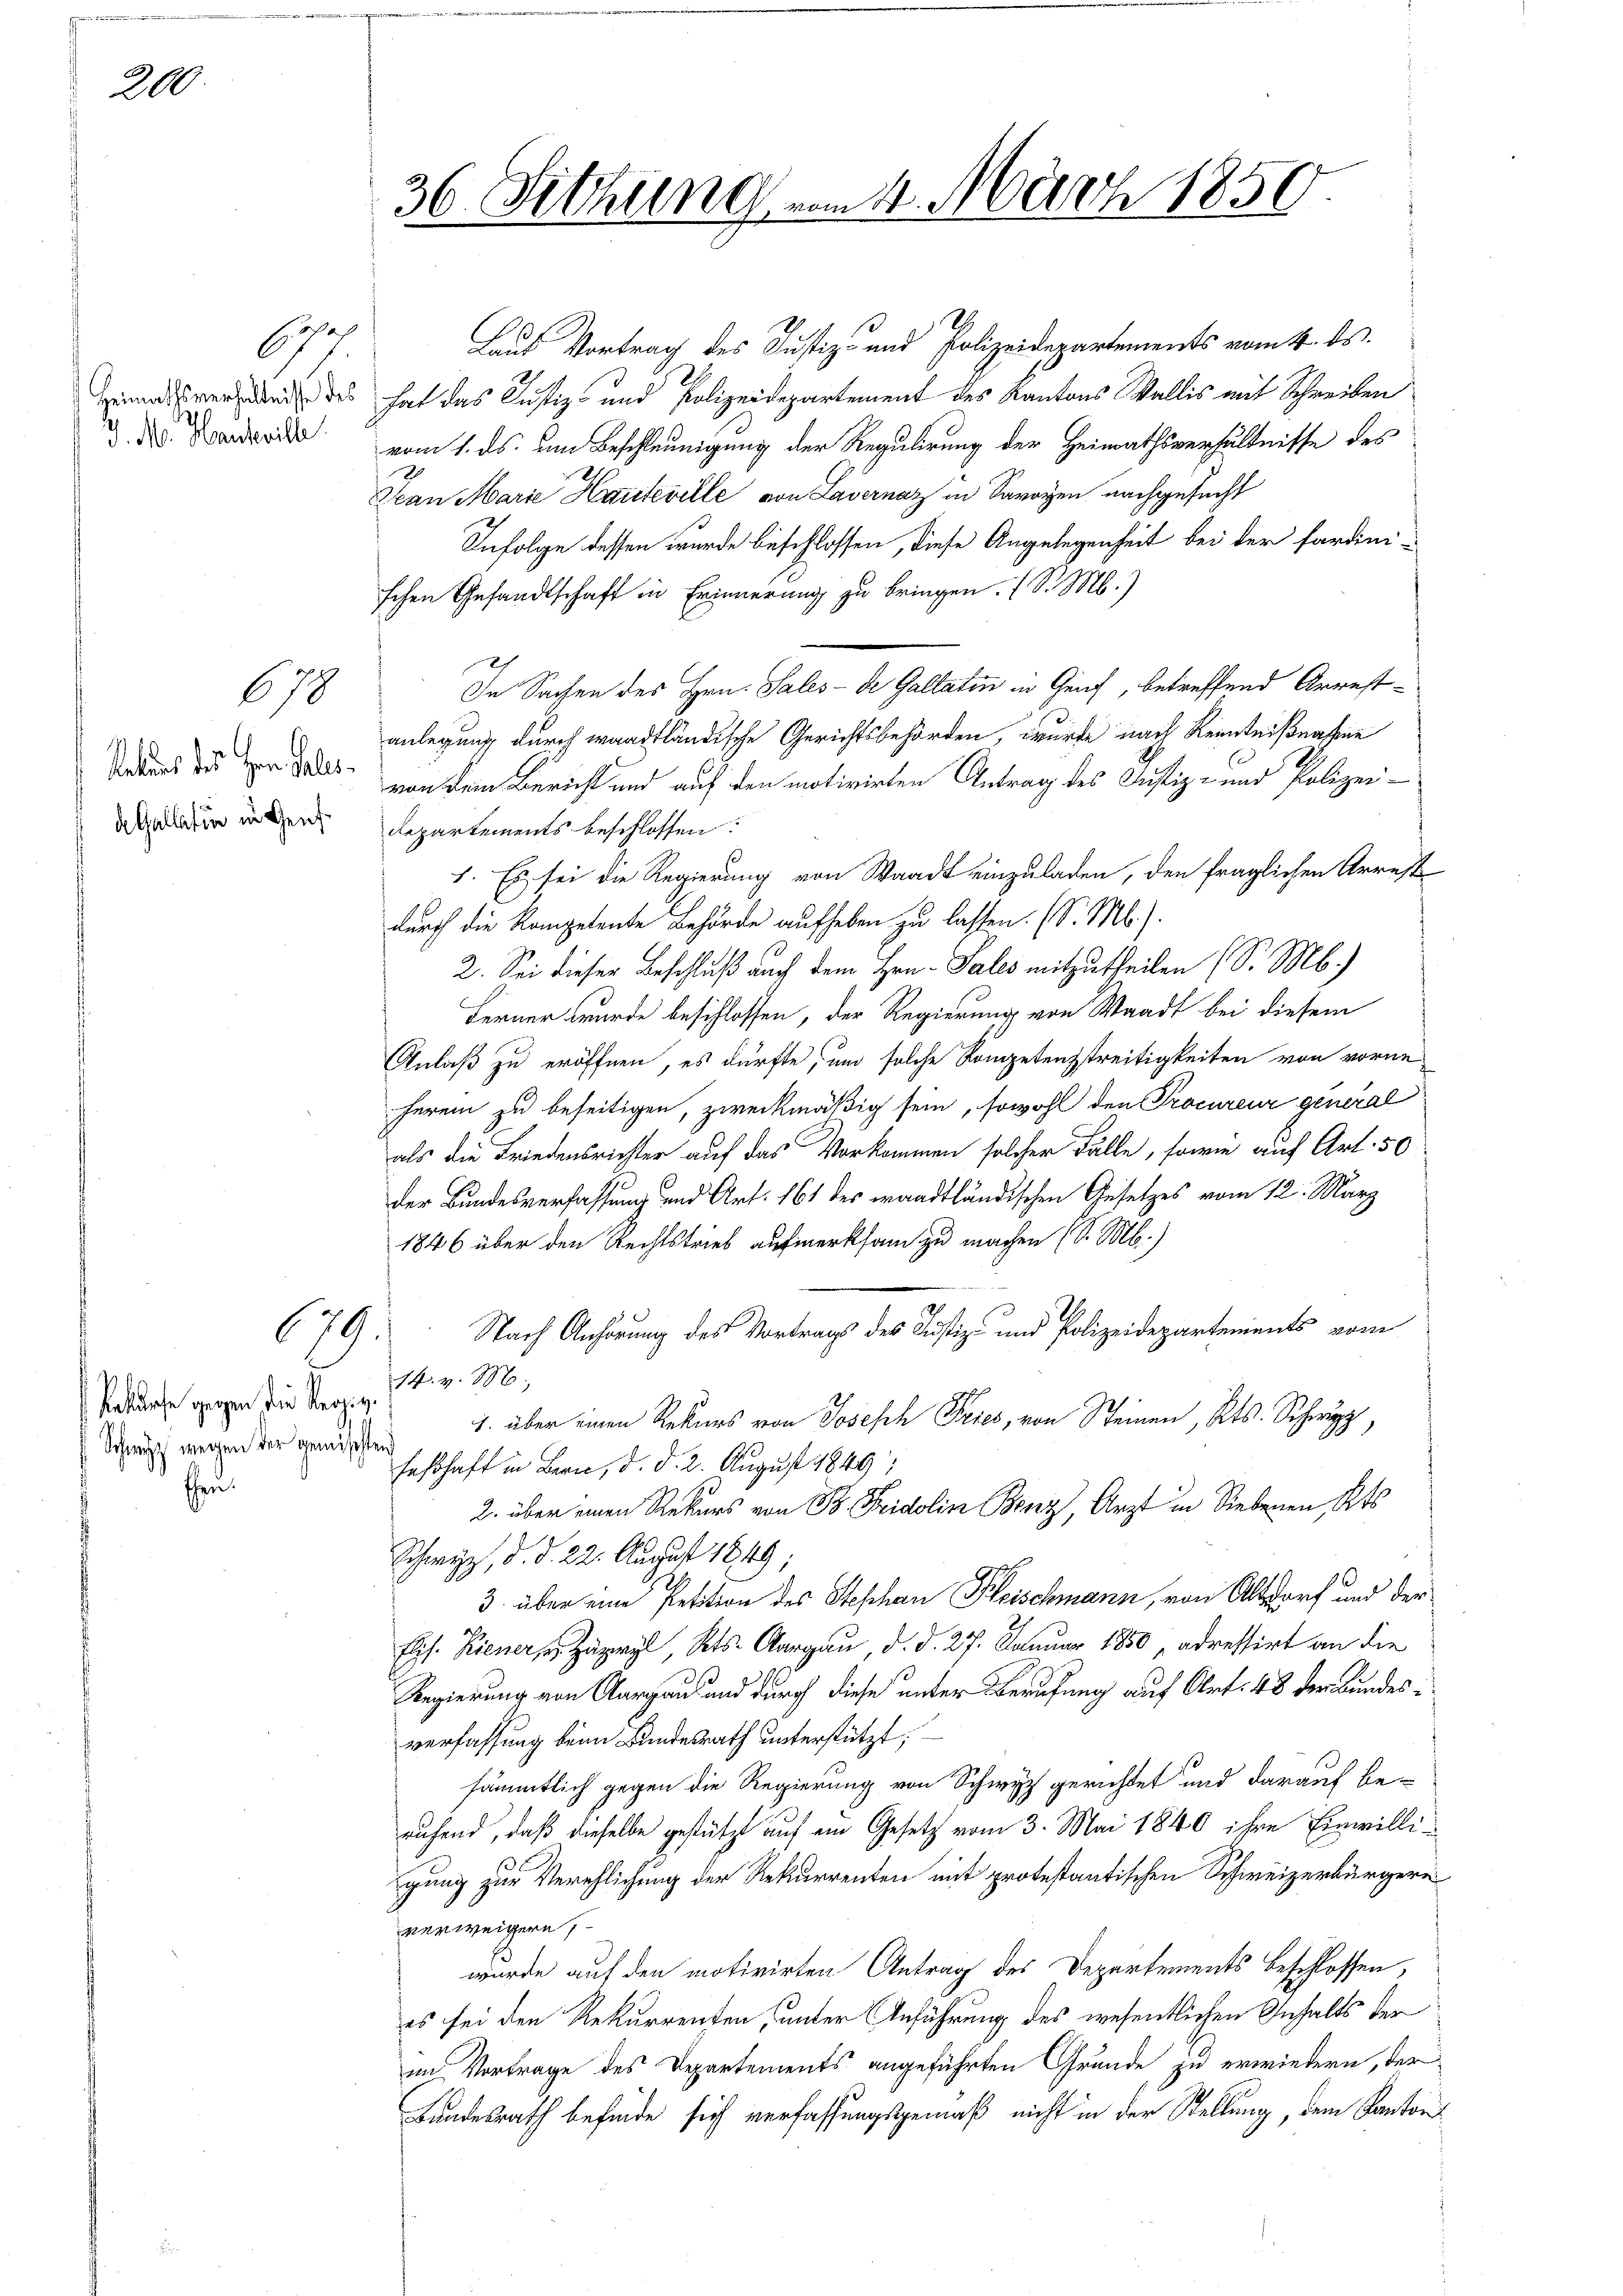
200

schaf
Heimathsverhältnisse des
v. M. Hausville.

677

Rekurs des Hrn. Fallsd. Gallatin in Genf

678

679

Bekürfe gegen die Regie¬
Schweiz wegen der gemischten
Ehen.

.
Laut Vortrag des Justiz- und Polizeidepartements vom 4. ds.
hat das Justiz- und Polizeidepartement des Kantons Wallis mit Schreiben
vom 1. ds. um Beschleunigung der Regulirung der Heimathsverhältnisse des
Jean Marie Hauteville von Lavernaz in Savoyen nachgesucht
Infolge dessen wurde beschlossen, diese Angelegenheit bei der fardini-
schen Gesandtschaft in Erinnerung zu bringen. I S. M.)
In Sachen des Hrn. Sales- de Gallatin in Genf, betreffend Arrestanlegung durch wardtländische Gerichtsbehörden, wurde nach Kenntnißnassene
von dem Bericht und auf den motivirten Antrag des Justiz- und Polizei¬
Repartements beschlossen:
1. Es sei die Regierung von Waadt einzuladen, den fraglichen Arrest
durch die Kompetente Behörde aufheben zu lassen. (S. M.).
2. Sei dieser Beschluß auch dem Hrn. Pales mitzutheilen (S. M.)
Ferner wurde beschlossen, der Regierung von Waadt bei diesem
Anlaß zu eröffnen, es dürfte, und solche Kompetenzstreitigkeiten von vorne-
herem zu beseitigen, zweckmäßig sein, sowohl den Procureur general
als die Friedensrichter auf das Vorkommen solcher Fälle, sowie auf Art. 50
der Bundesverfassung und Art. 161 des waadtländischen Gesetzes vom 12. März
1846 über den Rechtstrieb aufmerksam zu machen (S. M.)
Nach Anhörung des Vortrags des Justiz- und Polizeidepartements vom
14. v. M.,
1. über einen Rekurs von Joseph Fries, von Seinen, Kts. Schu
Feßhaft in Bern, d. d. 2. August 1849;
2. über einen Rekurs von B. Fridolin Benz, Arzt in Siebenen Kts.
Schwyz, d. d. 22. August 1849;
3. über eine Petition des Stephan Heischmann, von Altdorf und der
Elis. Hiener,  Zäpryl, Kts. Aargau, d. d. 27. Januar 1850 „adressirt an die
Regierung von Aargaus und durch diese unter Berufung auf Art. 48 der Bundesverfassung beim Bundesrath unterstützt;
sämmtlich gegen die Regierung von Schwyz gerichtet und darauf be-
ruhend, daß dieselbe gestützt auf ein Gesetz vom 3. Mai 1840 ihre Einwilligung zur Verehlichung der Rekurrenten mit protestantischen Schweizerbürgern
verweigern
wurde auf den motivirten Antrag des Departements beschlossen,
es sei den Rekurrenten, unter Anführung des wesentlichen Anhalts der
im Vortrage des Departements angeführten Grunde zu erwiedern, der
Bundesrath befinde sich verfassungsgemäß nicht in der Stellung, dem Kantons

36 Sitzung

4. März 1850.